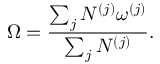
\Omega = \frac { \sum _ { j } N ^ { ( j ) } \omega ^ { ( j ) } } { \sum _ { j } N ^ { ( j ) } } .